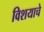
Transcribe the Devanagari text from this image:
विशयाचे